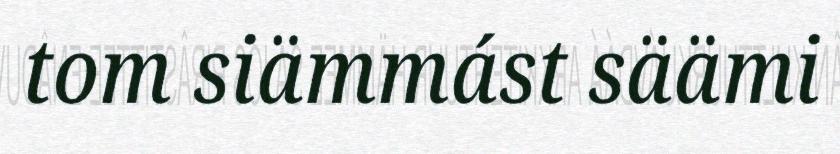
tom siämmást säämi